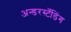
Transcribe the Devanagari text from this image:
अन्डरस्टँडिंग